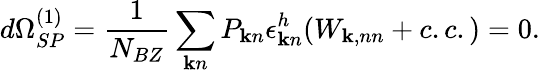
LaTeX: d\Omega_{SP}^{(1)}=\frac{1}{N_{BZ}}\sum_{{\mathbf k}n}P_{{\mathbf k}n}\epsilon_{{\mathbf k}n}^{h}(W_{{\mathbf k},nn}+c.c.)=0.